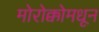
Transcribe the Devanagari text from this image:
मोरोक्कोमधून